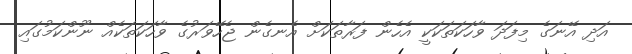
އަދި އޭނަގެ މިފަދަ ވާހަކަތަކަކީ އެހެން ފަރާތަކަށް އެނގެން ޖެހޭވަރުގެ ވާހަކަތަކެއް ނޫންކަމުގައި